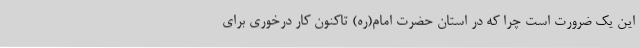
این یک ضرورت است چرا که در استان حضرت امام(ره) تاکنون کار درخوری برای